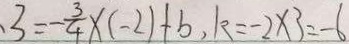
3 = - \frac { 3 } { 4 } \times ( - 2 ) + b , k = - 2 \times 3 = - 6